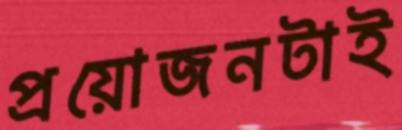
প্রয়োজনটাই